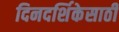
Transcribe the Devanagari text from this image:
दिनदर्शिकेसाठी